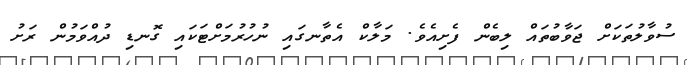
ސުވާލުތަކަށް ޖަވާބުތައް ލިބެން ފެށިއެވެ. މަލާކް އެތާނގައި ނުހުރުމަށްޓަކައި ގޮނޑި ދުއްވަމުން ރަށު